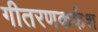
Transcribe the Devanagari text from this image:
गीतरणकर्कश